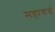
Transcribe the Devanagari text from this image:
महागयं